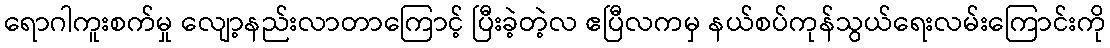
ရောဂါကူးစက်မှု လျော့နည်းလာတာကြောင့် ပြီးခဲ့တဲ့လ ဧပြီလကမှ နယ်စပ်ကုန်သွယ်ရေးလမ်းကြောင်းကို